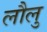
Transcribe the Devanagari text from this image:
लौलु